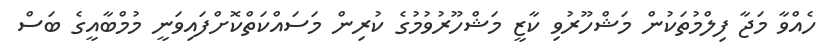
ހެއްވާ މަޖާ ފިލްމުތަކުން މަޝްހޫރުވި ކާޒީ މަޝްހޫރުވުމުގެ ކުރިން މަސައްކަތްކޮށްފައިވަނީ މުމްބާއީގެ ބަސް